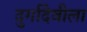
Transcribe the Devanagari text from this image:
दुर्गादेवीला